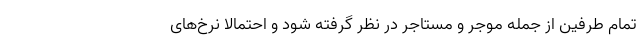
تمام طرفین از جمله موجر و مستاجر در نظر گرفته شود و احتمالا نرخ‌های